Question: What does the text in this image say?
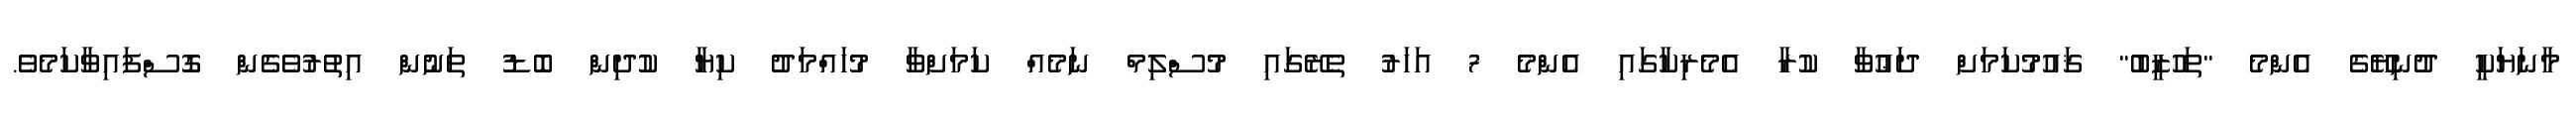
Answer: މާނަޔަކީ ދުނިޔޭގެ އެންމެ "ތަހުޒީބު" ޤައުމުކަމަށް ދަޢުވާ ކުރާ އެމެރިކާގައި އެންމެ 7 އަހަރު ތެރޭގައި މުސްލިމް ނަމެއް ކަމަށްވާ މުހައްމަދު ކިޔާ ކުދިން ބޮޑު ތަނުން އިތުރުވެގެން ގޮސްފައިވާކަމެވެ.